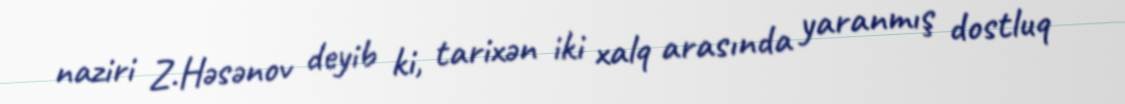
naziri Z.Həsənov deyib ki, tarixən iki xalq arasında yaranmış dostluq